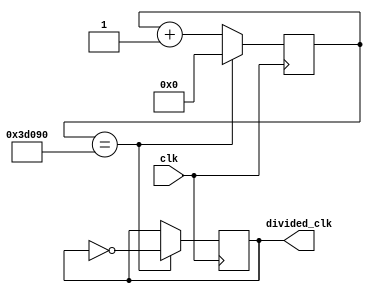
`timescale 1ns / 1ps
//////////////////////////////////////////////////////////////////////////////////
// Company: 
// Engineer: 
// 
// Design Name: 
// Module Name: clk_divider_1_4Hz
// Project Name: 
// Target Devices: 
// Tool Versions: 
// Description: 
// 
// Dependencies: 
// 
// Revision:
// Revision 0.01 - File Created
// Additional Comments:
// 
//////////////////////////////////////////////////////////////////////////////////



module clk_divider_1_4Hz (clk, divided_clk);

    integer clk_cnt = 250000;

    input clk;
    output divided_clk;
    
    reg divided_clk;
    reg [32:0] cnt;
    
    initial begin
        cnt <= 0;
    end
    
    always @ (posedge(clk)) begin
        if (cnt == clk_cnt) begin
            cnt <= 0;
            divided_clk <= ~ divided_clk;
        end
        else begin
            cnt <= cnt + 1;
        end
    end
    
endmodule